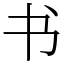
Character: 书